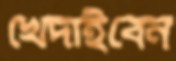
খেদাইবেন